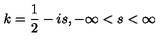
k = \frac { 1 } { 2 } - i s , - \infty < s < \infty